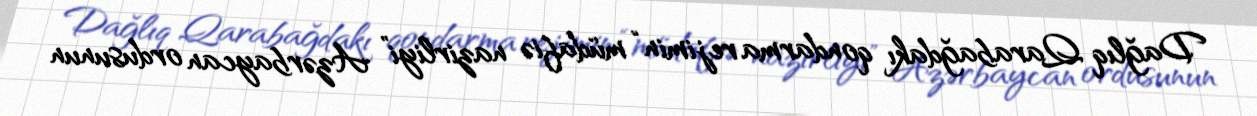
Dağlıq Qarabağdakı qondarma rejimin “müdafiə nazirliyi” Azərbaycan ordusunun